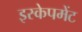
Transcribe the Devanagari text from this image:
इस्केपमेंट